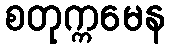
စတုက္ကမေန